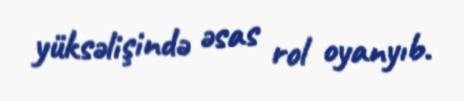
yüksəlişində əsas rol oyanyıb.